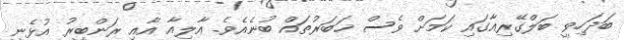
ބަދަހިވީ ބަލްގޭރިއާގައި ކަމަށް ވެސް ޚަބަރުތައް ބުނެއެވެ. އާލިއާ އާއި ރަންބީރު އުޅެނީ